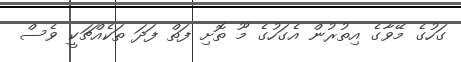
ގަހުގެ މޭވާގެ އިތުރުން އެގަހުގެ މޫ ތޮށި ފަތް ފަދަ ތަކެއްޗަކީ ވެސް